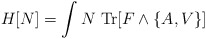
\begin{align*}H[N]= \int N \ {\rm Tr}[F\wedge \{A, V\}]\end{align*}